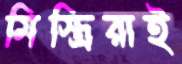
মিস্ত্রিরাই